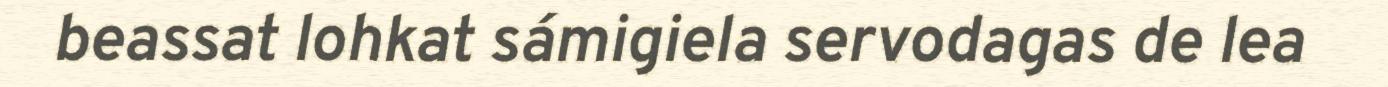
beassat lohkat sámigiela servodagas de lea